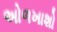
અોળખાશો